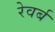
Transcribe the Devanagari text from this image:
रेवर्ब